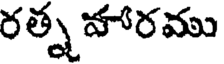
రత్న హారము